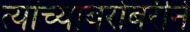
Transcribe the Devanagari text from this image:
त्यांच्याबरोबरीने